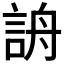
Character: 𧧔